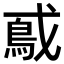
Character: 𫼃